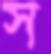
স